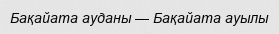
Бақайата ауданы — Бақайата ауылы